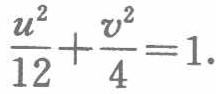
$\frac{u^{2}}{12}+\frac{v^{2}}{4}=1.$